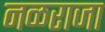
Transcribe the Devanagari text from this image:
नळराजा